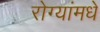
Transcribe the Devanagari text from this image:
रोग्यांमधे